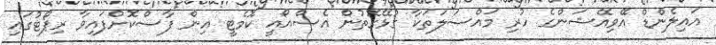
އައިލެންޑް އޭވިއޭޝަންގެ ހުރި މައްސަލަތަކާ ގުޅޭގޮތުން އެސްއޯއީ ކޮމެޓީ އިން ފާސްކޮށްފައިވާ ރިޕޯޓުގައި